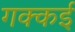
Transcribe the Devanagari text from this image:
गक्‍कई